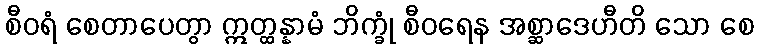
စီဝရံ စေတာပေတွာ ဣတ္ထန္နာမံ ဘိက္ခုံ စီဝရေန အစ္ဆာဒေဟီတိ သော စေ